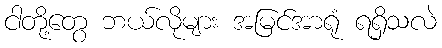
ငါတို့တွေ ဘယ်လိုများ အမြင်အာရုံ ရရှိသလဲ